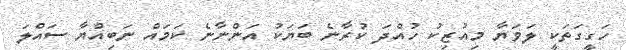
ހަގީގަތަކީ ލަވަޔާ މިއުޒިކު ހުއްދަ ކުރާނެ ބަޔަކު އަންނާނެ ކަމައް ނަބިއްޔާ ސައްލަ